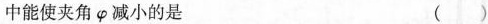
中能使夹角 φ 减小的是 ( )